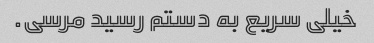
خیلی سریع به دستم رسید مرسی.